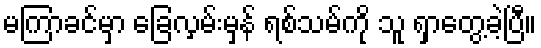
မကြာခင်မှာ ခြေလှမ်းမှန် ရစ်သမ်ကို သူ ရှာတွေ့ခဲ့ပြီ။